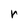
Character: r